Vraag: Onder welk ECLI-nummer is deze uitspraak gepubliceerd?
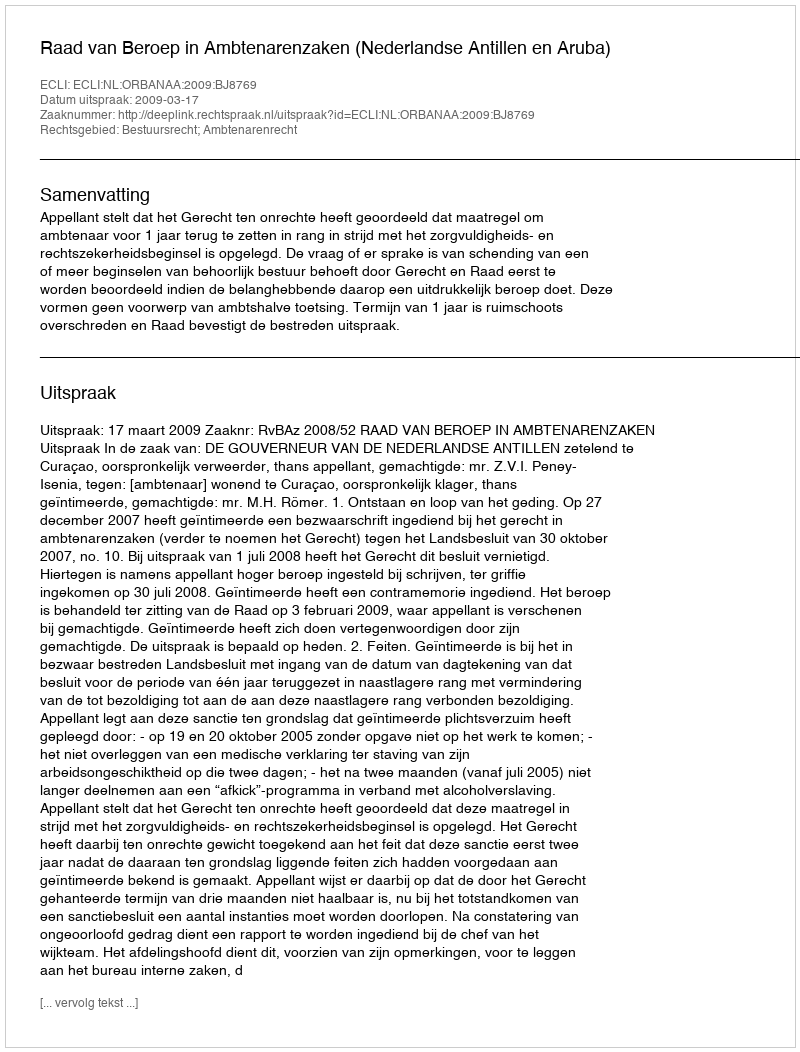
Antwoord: ECLI:NL:ORBANAA:2009:BJ8769